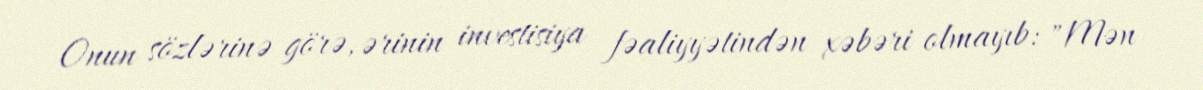
Onun sözlərinə görə, ərinin investisiya fəaliyyətindən xəbəri olmayıb: "Mən